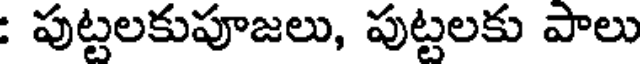
: పుట్టలకుపూజలు, పుట్టలకు పాలు